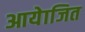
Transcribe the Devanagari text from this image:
आयेाजित